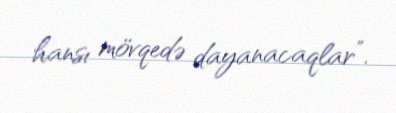
hansı mövqedə dayanacaqlar”.